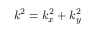
k ^ { 2 } = k _ { x } ^ { 2 } + k _ { y } ^ { 2 }